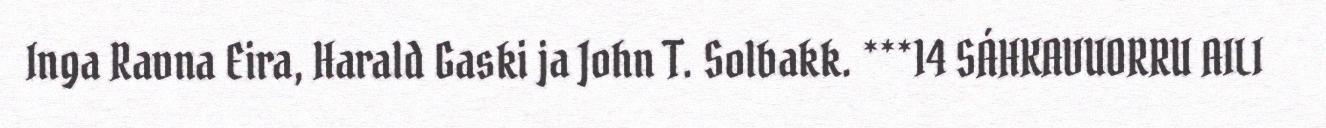
Inga Ravna Eira, Harald Gaski ja John T. Solbakk. ***14 SÁHKAVUORRU AILI